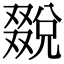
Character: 𠮄